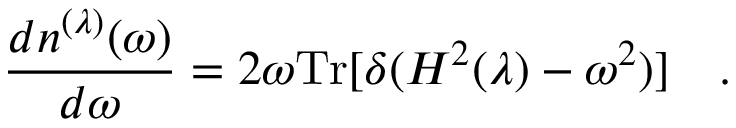
{ \frac { d n ^ { ( \lambda ) } ( \omega ) } { d \omega } } = 2 \omega \mathrm { T r } [ \delta ( H ^ { 2 } ( \lambda ) - \omega ^ { 2 } ) ] ~ ~ ~ .